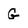
Character: G